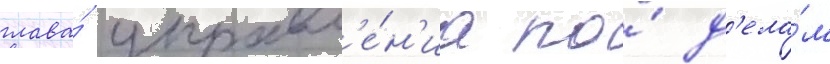
глава́ управл'е́н'иа по́ д'ела́м